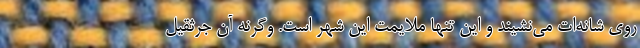
روی شانه‌ات می‌نشیند و این تنها ملایمت این شهر است. وگرنه آن جرثقیل